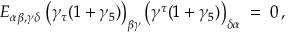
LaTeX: E _ { \alpha \beta , \gamma \delta } \; \big ( \gamma _ { \tau } ( 1 + \gamma _ { 5 } ) \big ) _ { \beta \gamma } \, \big ( \gamma ^ { \tau } ( 1 + \gamma _ { 5 } ) \big ) _ { \delta \alpha } \; = \; 0 \, ,